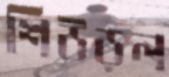
শিউড়ল